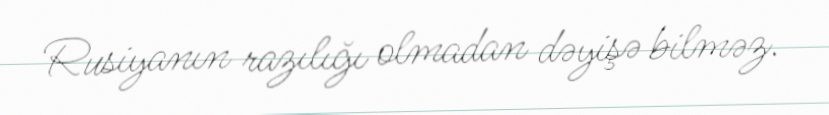
Rusiyanın razılığı olmadan dəyişə bilməz.